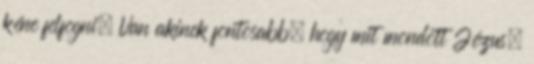
kéne felfogni. Van akinek fontosabb, hogy mit mondott Jézus,